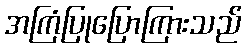
အကြံပြုပြောကြားသည်